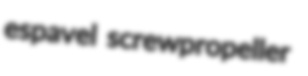
espavel screwpropeller